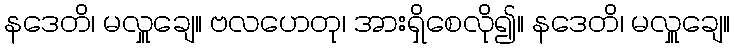
နဒေတိ၊ မလှူချေ။ ဗလဟေတု၊ အားရှိစေလို၍။ နဒေတိ၊ မလှူချေ။